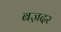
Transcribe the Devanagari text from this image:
बज़दर